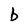
Character: b